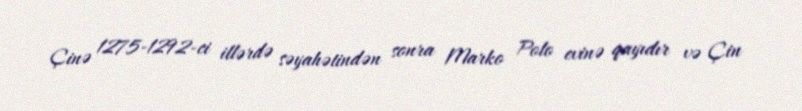
Çinə 1275-1292-ci illərdə səyahətindən sonra Marko Polo evinə qayıdır və Çin